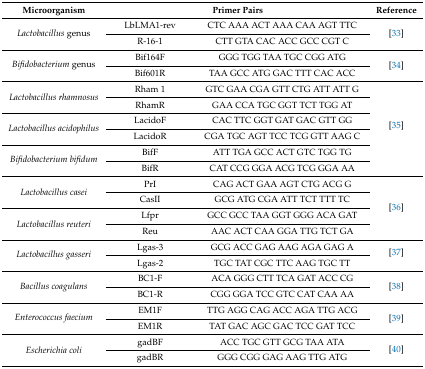
<table><thead><tr><td><b>Microorganism</b></td><td colspan="2"><b>Primer Pairs</b></td><td><b>Reference</b></td></tr></thead><tbody><tr><td rowspan="2"><i>Lactobacillus</i> genus</td><td>LbLMA1-rev</td><td>CTC AAA ACT AAA CAA AGT TTC</td><td rowspan="2">[33]</td></tr><tr><td>R-16-1</td><td>CTT GTA CAC ACC GCC CGT C</td></tr><tr><td rowspan="2"><i>Bifidobacterium</i> genus</td><td>Bif164F</td><td>GGG TGG TAA TGC CGG ATG</td><td rowspan="2">[34]</td></tr><tr><td>Bif601R</td><td>TAA GCC ATG GAC TTT CAC ACC</td></tr><tr><td rowspan="2"><i>Lactobacillus rhamnosus</i></td><td>Rham 1</td><td>GTC GAA CGA GTT CTG ATT ATT G</td><td rowspan="6">[35]</td></tr><tr><td>RhamR</td><td>GAA CCA TGC GGT TCT TGG AT</td></tr><tr><td rowspan="2"><i>Lactobacillus acidophilus</i></td><td>LacidoF</td><td>CAC TTC GGT GAT GAC GTT GG</td></tr><tr><td>LacidoR</td><td>CGA TGC AGT TCC TCG GTT AAG C</td></tr><tr><td rowspan="2"><i>Bifidobacterium bifidum</i></td><td>BifF</td><td>ATT TGA GCC ACT GTC TGG TG</td></tr><tr><td>BifR</td><td>CAT CCG GGA ACG TCG GGA AA</td></tr><tr><td rowspan="2"><i>Lactobacillus casei</i></td><td>PrI</td><td>CAG ACT GAA AGT CTG ACG G</td><td rowspan="4">[36]</td></tr><tr><td>CasII</td><td>GCG ATG CGA ATT TCT TTT TC</td></tr><tr><td rowspan="2"><i>Lactobacillus reuteri</i></td><td>Lfpr</td><td>GCC GCC TAA GGT GGG ACA GAT</td></tr><tr><td>Reu</td><td>AAC ACT CAA GGA TTG TCT GA</td></tr><tr><td rowspan="2"><i>Lactobacillus gasseri</i></td><td>Lgas-3</td><td>GCG ACC GAG AAG AGA GAG A</td><td rowspan="2">[37]</td></tr><tr><td>Lgas-2</td><td>TGC TAT CGC TTC AAG TGC TT</td></tr><tr><td rowspan="2"><i>Bacillus coagulans</i></td><td>BC1-F</td><td>ACA GGG CTT TCA GAT ACC CG</td><td rowspan="2">[38]</td></tr><tr><td>BC1-R</td><td>CGG GGA TCC GTC CAT CAA AA</td></tr><tr><td rowspan="2"><i>Enterococcus faecium</i></td><td>EM1F</td><td>TTG AGG CAG ACC AGA TTG ACG</td><td rowspan="2">[39]</td></tr><tr><td>EM1R</td><td>TAT GAC AGC GAC TCC GAT TCC</td></tr><tr><td rowspan="2"><i>Escherichia coli</i></td><td>gadBF</td><td>ACC TGC GTT GCG TAA ATA</td><td rowspan="2">[40]</td></tr><tr><td>gadBR</td><td>GGG CGG GAG AAG TTG ATG</td></tr></tbody></table>